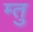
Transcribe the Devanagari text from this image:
म्तु